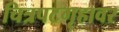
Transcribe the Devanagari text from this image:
चित्रपटगृहावर